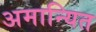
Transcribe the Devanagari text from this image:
अमान्यित